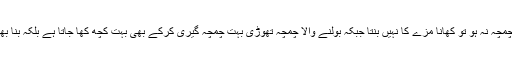
پکانے والا چمچہ نہ ہو تو کھانا مزے کا نہیں بنتا جبکہ بولنے والا چمچہ تھوڑی بہت چمچہ گیری کرکے بھی بہت کچھ کھا جاتا ہے بلکہ بنا بھی جاتا ہے ۔